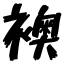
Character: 襖